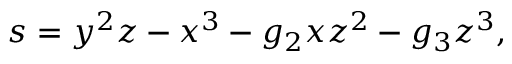
s = y ^ { 2 } z - x ^ { 3 } - g _ { 2 } x z ^ { 2 } - g _ { 3 } z ^ { 3 } ,